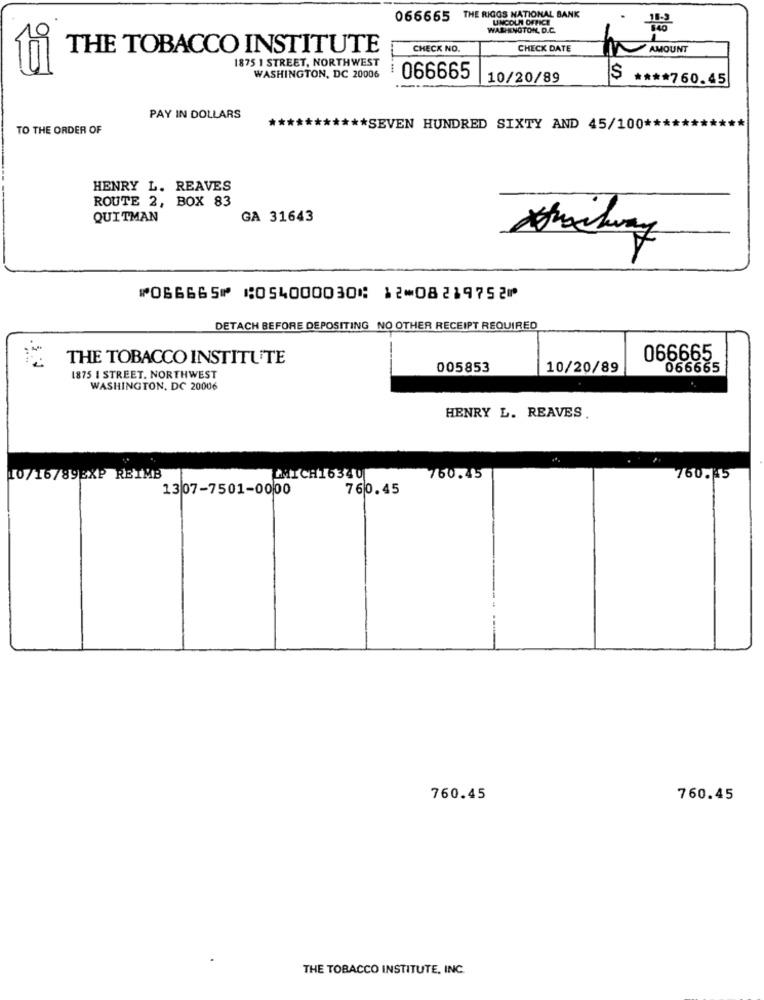
066665 THE RIGGS NATIONAL BANK
UNCOUN OFFICE
WALKNGTON, D.C.
THE TOBACCO INSTITUTE
CHECK NO.
CHECK DATE
AMOUNT
9E
1875 1 STREET, NORTHWEST
WASHINGTON, DC 20006
: 066665
10/20/89
$ **** 760.45
PAY IN DOLLARS
****
TO THE ORDER OF
**** SEVEN HUNDRED SIXTY AND 45/100 ******
HENRY L. REAVES
ROUTE 2, BOX 83
QUITMAN
GA 31643
⑈066665⑈ ⑆054000030⑆ 12⑉08219752⑈
DETACH BEFORE DEPOSITING NO OTHER RECEIPT REQUIRED
.2
THE TOBACCO INSTITUTE
066665
005853
10/20/89
066665
1875 I STREET. NORTHWEST
WASHINGTON, DC 20006
HENRY L. REAVES.
10/16/89EXP REIMB
MICH16340
760.45
760.45
13 07-7501-0000
760.45
760.45
760.45
THE TOBACCO INSTITUTE, INC.